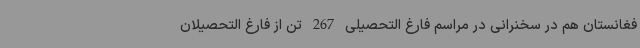
فغانستان هم در سخنرانی در مراسم فارغ التحصیلی 267 تن از فارغ التحصیلان